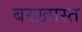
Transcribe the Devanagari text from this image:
बरख़ास्त